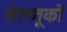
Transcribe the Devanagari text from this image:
सेल्जूकों